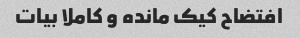
افتضاح کیک مانده و کاملا بیات